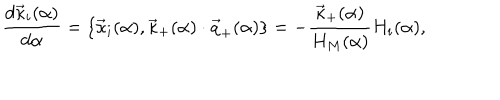
{ \frac { d { \vec { \kappa } } _ { i } ( \alpha ) } { d \alpha } } = \{ { \vec { \kappa } } _ { i } ( \alpha ) , { \vec { \kappa } } _ { + } ( \alpha ) \cdot { \vec { q } } _ { + } ( \alpha ) \} = - { \frac { { \vec { \kappa } } _ { + } ( \alpha ) } { H _ { M } ( \alpha ) } } H _ { i } ( \alpha ) ,